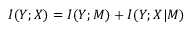
I ( Y ; X ) = I ( Y ; M ) + I ( Y ; X \vert M )